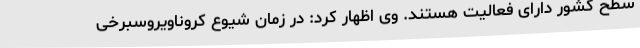
سطح کشور دارای فعالیت هستند. وی اظهار کرد: در زمان شیوع کروناویروسبرخی